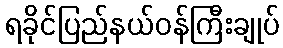
ရခိုင်ပြည်နယ်ဝန်ကြီးချုပ်